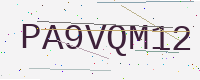
Text: PA9VQM12